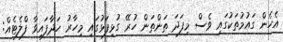
އެހެން ގައުމުތަކުގައި ވެސް މިފަދަ ތަންތަން ހުރޭ ގުޅިފަޅުގައި މިހާރު ހަދާފައިވާ ފްލެޓެއް: